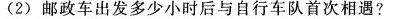
(2)邮政车出发多少小时后与自行车队首次相遇?